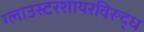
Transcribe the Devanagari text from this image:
ग्लाउस्टरशायरविरूद्ध